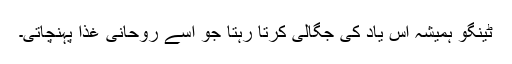
ٹینگو ہمیشہ اس یاد کی جگالی کرتا رہتا جو اسے روحانی غذا پہنچاتی۔